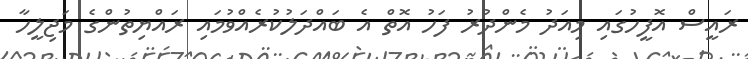
ރައީސް އޮފީހުގައި މިއަދު މެންދުރު ފަހު އޮތް އެ ބައްދަލުކުރެއްވުމައި ރައްޔިތުންގެ މަޖިލީހާ